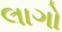
લાગો